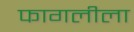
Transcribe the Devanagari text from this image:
फागलीला